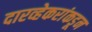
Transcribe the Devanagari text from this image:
दारव्हेकरांकडून